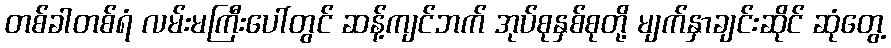
တစ်ခါတစ်ရံ လမ်းမကြီးပေါ်တွင် ဆန့်ကျင်ဘက် အုပ်စုနှစ်စုတို့ မျက်နှာချင်းဆိုင် ဆုံတွေ့